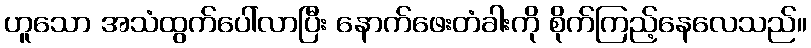
ဟူသော အသံထွက်ပေါ်လာပြီး နောက်ဖေးတံခါးကို စိုက်ကြည့်နေလေသည်။